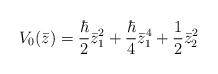
LaTeX: \begin{align*}V_{0}(\bar{z} )=\frac{\hbar }{2}\bar{z}_{1}^{2}+\frac{\hbar }{4}\bar{z}_{1}^{4}+\frac{1}{2}\bar{z}_{2}^{2}\end{align*}